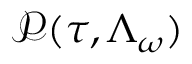
\mathcal { P } ( \tau , \Lambda _ { \omega } )